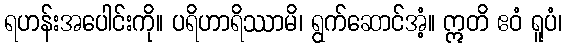
ရဟန်းအပေါင်းကို။ ပရိဟာရိဿာမိ၊ ရွက်ဆောင်အံ့။ ဣတိ ဧဝံ ရူပံ၊